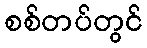
စစ်တပ်တွင်